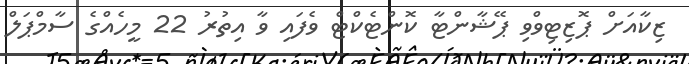
ޒިކާއަށް ޕޮޒިޓިވްވި ޕޭޝާންޓާ ކޮންޓެކްޓް ވެފައި ވާ އިތުރު 22 މީހެއްގެ ސާމްޕަލް